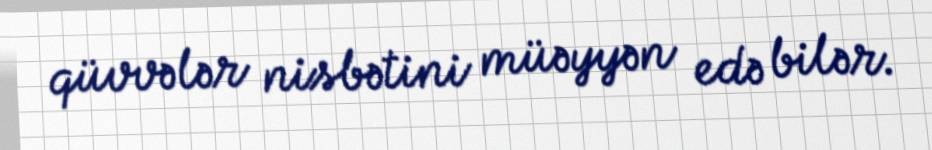
qüvvələr nisbətini müəyyən edə bilər.